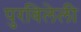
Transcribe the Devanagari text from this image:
पुरविलेली